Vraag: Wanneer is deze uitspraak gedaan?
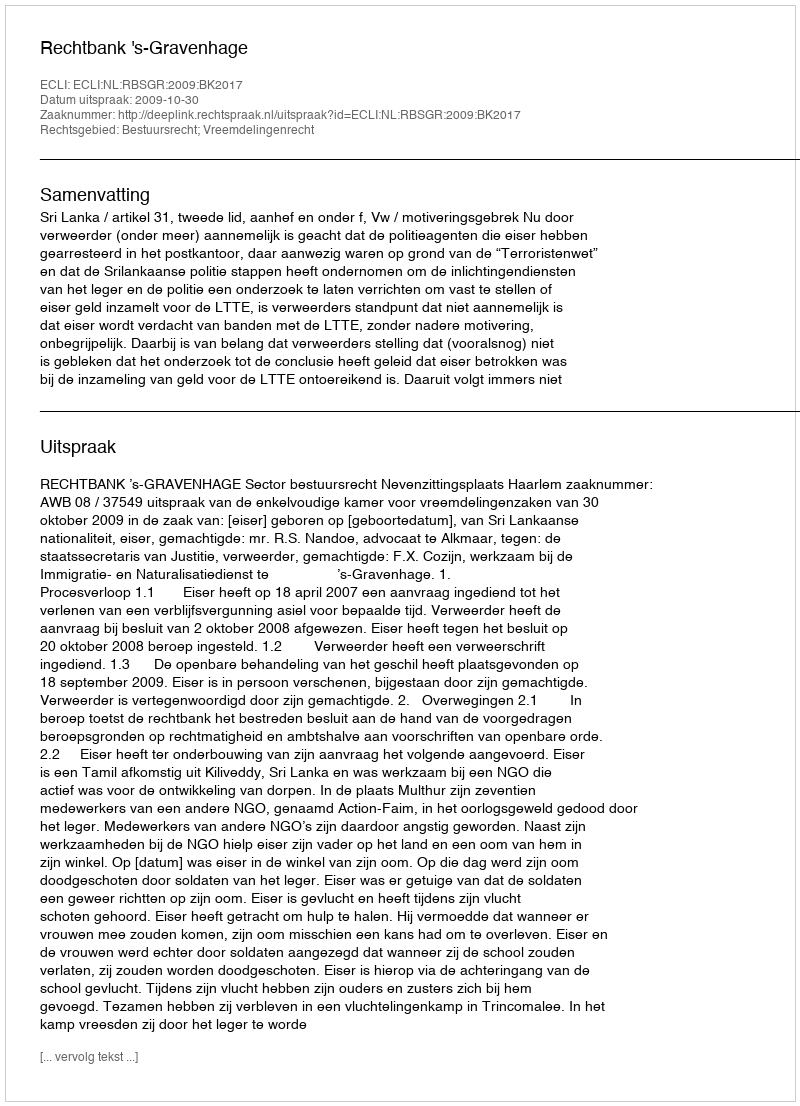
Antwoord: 2009-10-30